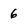
Character: 6